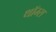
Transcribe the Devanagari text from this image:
थॉम्स